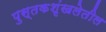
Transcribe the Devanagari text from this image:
पुस्तकशृंखलेतील